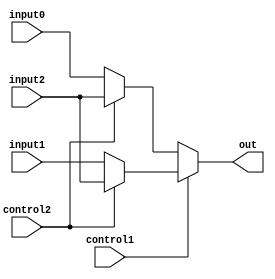
module Multiplexer(control1, control2, input0, input1, input2, out);
input control1, control2;
input [31:0] input0, input1, input2;
output reg [31:0] out;

always @(control1 or control2 or input0 or input1 or input2)
begin
	if(control1 == 0)
		begin 
			if(control2 == 0)
				out <= input0;
			else
				out <= input2;
		end 
	else
		begin
			if(control2 == 0)
				out <= input1;
			else
				out <= input2;
		end
end
initial begin
    out = 0;
end
endmodule